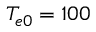
T _ { e 0 } = 1 0 0